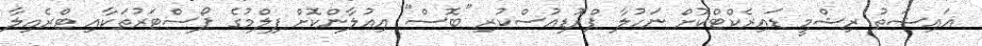
އައިޝަތު ރިޝްމީ ޑައިރެކްޓްކޮށް ނަހުލާ ޕްރޮޑިއުސްކުރި "ބޮސް" އިއުލާންކޮށް ފިލްމުގެ ޕޯސްޓަރުތަކާއި ޓްރެއިލާ